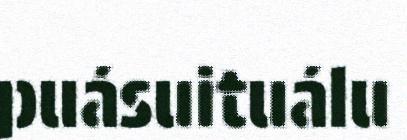
puásuituálu